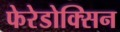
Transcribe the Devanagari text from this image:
फेरेडोक्सिन